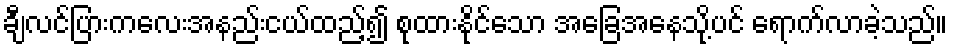
ချီလင်ပြားကလေးအနည်းငယ်ထည့်၍ စုထားနိုင်သော အခြေအနေသို့ပင် ရောက်လာခဲ့သည်။